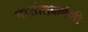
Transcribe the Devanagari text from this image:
नासोष्ठकर्षणी